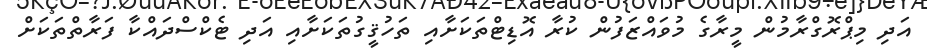
އަދި މިޕްރޮގްރާމުން މީރާގެ މުވައްޒަފުން ކުރާ އޮޑިޓްތަކަށާއި ތަހުޤީގުތަކަށާއި އަދި ޓެކްސްދައްކާ ފަރާތްތަކަށް